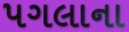
પગલાના